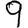
Digit: 9